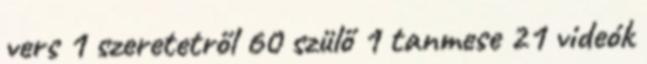
vers 1 szeretetről 60 szülő 1 tanmese 21 videók